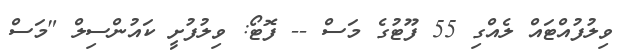
ވިލުފުއްޓައް ލެއްގި 55 ފޫޓުގެ މަސް -- ފޮޓޯ: ވިލުފުށީ ކައުންސިލް "މަސް